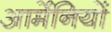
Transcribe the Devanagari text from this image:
आर्मेनियों